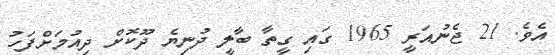
އެވެ. 21 ޖެނުއަރީ 1965 ގައި ގީތާ ބާލީ ދުނިޔެ ދޫކޮށް ދިއުމަށްފަހު